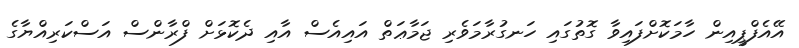
އޭއެފްޕީއިން ހާމަކޮށްފައިވާ ގޮތުގައި ހަނގުރާމަވެރި ޖަމާޢަތް އައިއެސް އާއި ދެކޮޅަށް ފްރާންސް އަސްކަރިއްޔާގެ